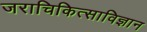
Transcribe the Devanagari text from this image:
जराचिकित्साविज्ञान